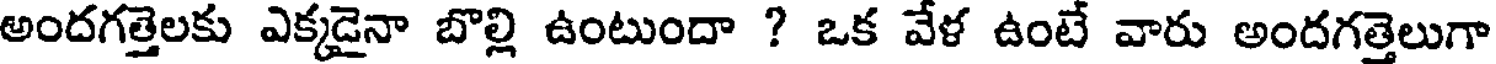
అందగత్తెలకు ఎక్కడైనా బొల్లి ఉంటుందా ? ఒక వేళ ఉంటే వారు అందగత్తెలుగా